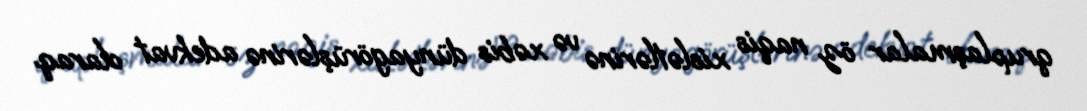
qruplaşmalar öz naqis xislətlərinə və xəbis dünyagörüşlərinə adekvat olaraq